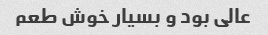
عالی بود و بسیار خوش طعم